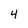
Character: 4